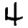
Digit: 4